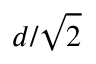
d / \sqrt { 2 }